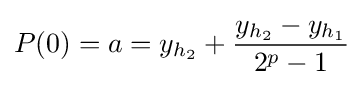
P(0)=a=y_{h_{2}}+{\frac {y_{h_{2}}-y_{h_{1}}}{2^{p}-1}}